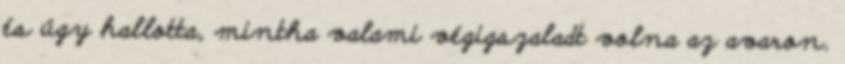
és úgy hallotta, mintha valami végigszaladt volna az avaron.